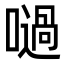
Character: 㗻